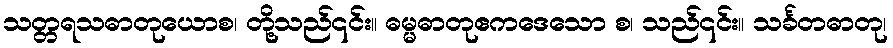
သတ္တရသဓာတုယောစ၊ တို့သည်၎င်း။ ဓမ္မဓာတုဧကဒေသော စ၊ သည်၎င်း။ သင်္ခတဓာတု၊